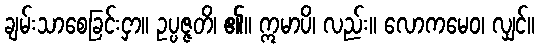
ချမ်းသာစေခြင်းငှာ။ ဥပ္ပဇ္ဇတိ၊ ၏။ ဣမာပိ၊ လည်း။ လောကမေဝ၊ လျှင်။